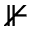
\nVdash